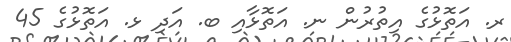
ރ. އަތޮޅުގެ އިތުރުން ނ. އަތޮޅާއި ބ. އަދި ޅ. އަތޮޅުގެ 45